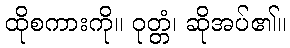
ထိုစကားကို။ ဝုတ္တံ၊ ဆိုအပ်၏။